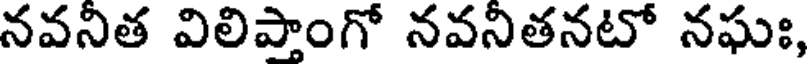
నవనిత విలిపాంగో నవనితనటో నఘః,